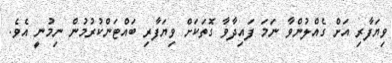
ވިޔަފާރި އަށް ގެއްލުންވާ ނަމަ ފައިދާވާ ގޮތަކަށް ވިޔަފާރި ބައްޓަންކުރުމުން ނިމުނީ އެވެ.